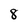
Character: 8